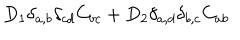
D _ { 1 } \delta _ { a , b } \delta _ { c d } C _ { b c } + D _ { 2 } \delta _ { a , d } \delta _ { b , c } C _ { a b }